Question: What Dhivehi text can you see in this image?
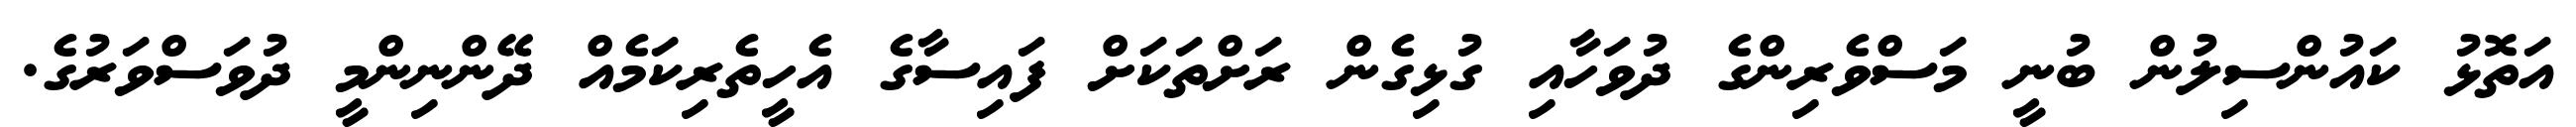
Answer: އަތޮޅު ކައުންސިލުން ބުނީ މަސްވެރިންގެ ދުވަހާއި ގުޅިގެން ރަށްތަކަށް ފައިސާގެ އެހީތެރިކަމެއް ދޭންނިންމީ ދުވަސްވަރުގެ.